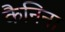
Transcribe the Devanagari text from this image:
कैनिना